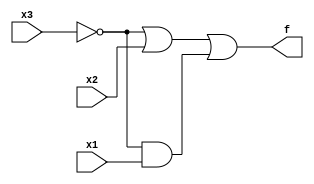
module simple_logic( 
    input x3,
    input x2,
    input x1,  // three inputs
    output f   // one output
);
    assign f=(~x3|x2) |(~x3&x1);

endmodule